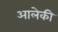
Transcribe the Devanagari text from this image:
आलेकी